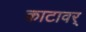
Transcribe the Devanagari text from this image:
काटावर्